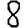
Digit: 8